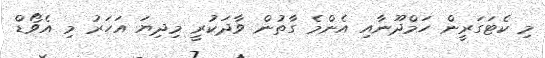
މި ކެޓަގަރީން ހަމްދޫނާއި އެންމެ ގާތުން ވާދަކުރީ މިދިޔަ އަހަރު މި އެވޯޑް